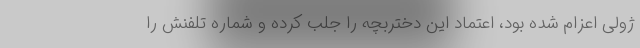
ژولی اعزام شده بود، اعتماد این دختربچه را جلب کرده و شماره تلفنش را